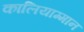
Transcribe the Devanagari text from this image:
कालियाम्मान